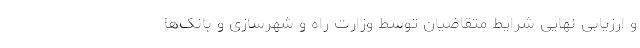
و ارزیابی نهایی شرایط متقاضیان توسط وزارت راه و شهرسازی و بانک‌ها